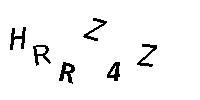
HRRZ4Z